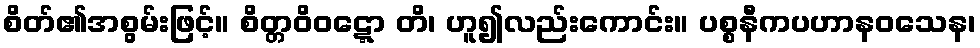
စိတ်၏အစွမ်းဖြင့်။ စိတ္တဝိဝဋ္ဋော တိ၊ ဟူ၍လည်းကောင်း။ ပစ္စနီကပဟာနဝသေန၊